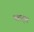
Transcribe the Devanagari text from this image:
पारट्स